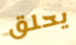
يحلق